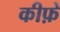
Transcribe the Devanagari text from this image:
कीफ़े